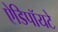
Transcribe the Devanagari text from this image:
ऐडिपॉयटे